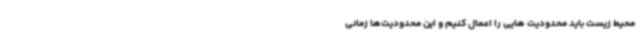
محیط زیست باید محدودیت هایی را اعمال کنیم و این محدودیت‌ها زمانی